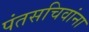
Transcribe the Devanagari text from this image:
पंतसचिवांना